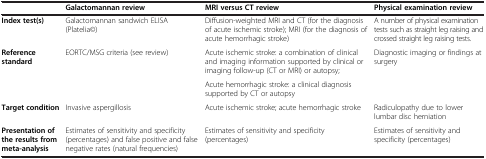
<table><thead><tr><td><b> </b></td><td><b>Galactomannan review</b></td><td><b>MRI versus CT review</b></td><td><b>Physical examination review</b></td></tr></thead><tbody><tr><td><b>Index test(s)</b></td><td>Galactomannan sandwich ELISA (Platelia©)</td><td>Diffusion-weighted MRI and CT (for the diagnosis of acute ischemic stroke); MRI (for the diagnosis of acute hemorrhagic stroke)</td><td>A number of physical examination tests such as straight leg raising and crossed straight leg raising tests.</td></tr><tr><td rowspan="2"><b>Reference standard</b></td><td rowspan="2">EORTC/MSG criteria (see review)</td><td>Acute ischemic stroke: a combination of clinical and imaging information supported by clinical or imaging follow-up (CT or MRI) or autopsy;</td><td rowspan="2">Diagnostic imaging or findings at surgery</td></tr><tr><td>Acute hemorrhagic stroke: a clinical diagnosis supported by CT or autopsy</td></tr><tr><td><b>Target condition</b></td><td>Invasive aspergillosis</td><td>Acute ischemic stroke; acute hemorrhagic stroke</td><td>Radiculopathy due to lower lumbar disc herniation</td></tr><tr><td><b>Presentation of the results from meta-analysis</b></td><td>Estimates of sensitivity and specificity (percentages) and false positive and false negative rates (natural frequencies)</td><td>Estimates of sensitivity and specificity (percentages)</td><td>Estimates of sensitivity and specificity (percentages)</td></tr></tbody></table>